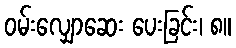
ဝမ်းလျှောဆေး ပေးခြင်း၊ ၈။